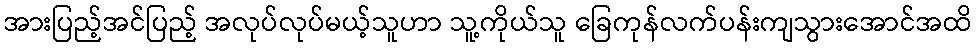
အားပြည့်အင်ပြည့် အလုပ်လုပ်မယ့်သူဟာ သူ့ကိုယ်သူ ခြေကုန်လက်ပန်းကျသွားအောင်အထိ